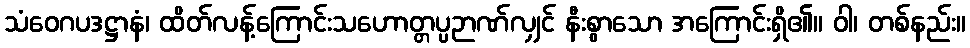
သံဝေဂပဒဋ္ဌာနံ၊ ထိတ်လန့်ကြောင်းသဟောတ္တပ္ပဉာဏ်လျှင် နီးစွာသော အကြောင်းရှိ၏။ ဝါ၊ တစ်နည်း။